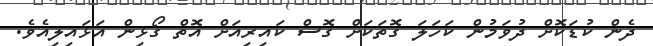
ދެން ކުޑަކޮށް ދުވަމުން ކަހަލަ ގޮތަކަށް ގޮސް ކައިރިއަށް އޮތް ގޯޅިން އަޅައިލިއެވެ.